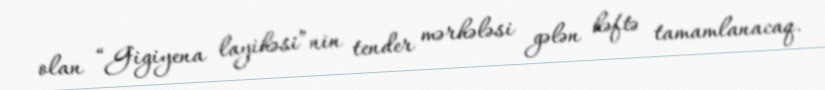
olan “Gigiyena layihəsi”nin tender mərhələsi gələn həftə tamamlanacaq.